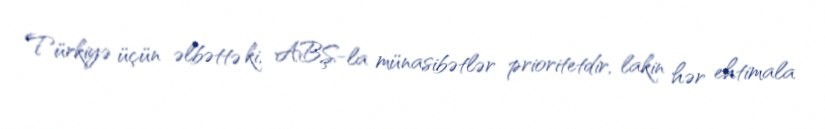
Türkiyə üçün əlbəttə ki, ABŞ-la münasibətlər prioritetdir, lakin hər ehtimala